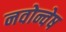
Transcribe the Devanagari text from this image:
नवोन्वेष